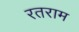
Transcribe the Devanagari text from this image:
रतराम